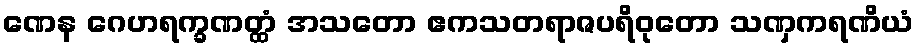
ဏေန ဂေဟရက္ခဏတ္ထံ အသတော ဧကသတရာဇပရိဝုတော သဏှကရဏိယံ